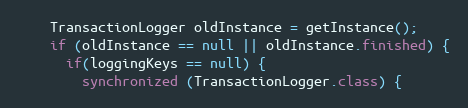
Language: Java
    TransactionLogger oldInstance = getInstance();
    if (oldInstance == null || oldInstance.finished) {
      if(loggingKeys == null) {
        synchronized (TransactionLogger.class) {